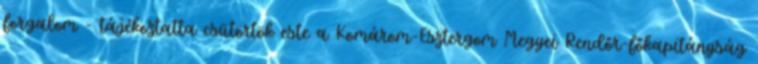
forgalom - tájékoztatta csütörtök este a Komárom-Esztergom Megyei Rendőr-főkapitányság